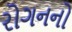
રોગનનો